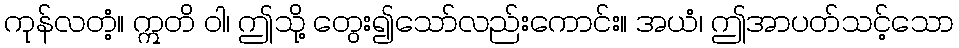
ကုန်လတံ့။ ဣတိ ဝါ၊ ဤသို့ တွေး၍သော်လည်းကောင်း။ အယံ၊ ဤအာပတ်သင့်သော